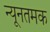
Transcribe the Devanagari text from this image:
न्यूनतमक